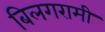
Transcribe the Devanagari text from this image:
बिलगरामी